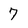
Character: 7